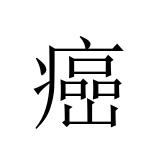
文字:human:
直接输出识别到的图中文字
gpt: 癌